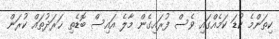
ކިތަންމެ ކުޑަ ކަމެއްގައި ވެސް ފުރައިގެން މާލެ އައިސް ބޮޑެތި ޚަރަދުތައް ކުރަން